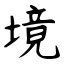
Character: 境